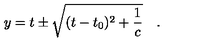
y = t \pm \sqrt { ( t - t _ { 0 } ) ^ { 2 } + \frac { 1 } { c } } \quad .